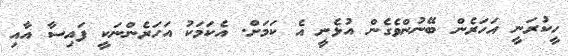
ހީކުރަނީ އަހަރެން ބޭނުންވެގެން އުޅެނީ އެ ކަމަށް. އެކަމަކު އަހަރެންނަކީ ފައިސާ އާއި